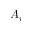
A _ { i }